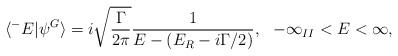
\begin{align*}\langle^-E|\psi^G\rangle=i\sqrt{\frac{\Gamma}{2\pi}}\frac{1}{E-(E_R-i\Gamma/2)},\,\,\,\,-\infty_{II}<E<\infty,\end{align*}